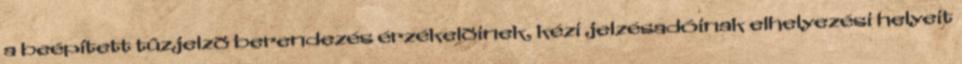
a beépített tûzjelzõ berendezés érzékelõinek, kézi jelzésadóinak elhelyezési helyeit